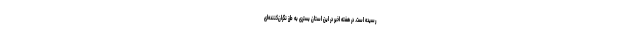
رسیده است. در هفته اخیر در این استان بستری به طرز نگران‌کننده‌ای